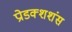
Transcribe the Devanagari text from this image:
प्रोडक्शशंस